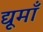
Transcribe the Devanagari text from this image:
द्यूमाँ